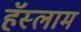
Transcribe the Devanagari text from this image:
हॅस्लाम